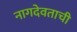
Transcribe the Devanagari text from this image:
नागदेवताची